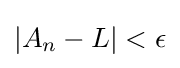
\left|A_{n}-L\right|<\epsilon